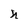
Character: n